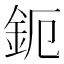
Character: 鈪